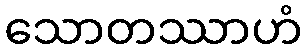
သောတဿာဟံ